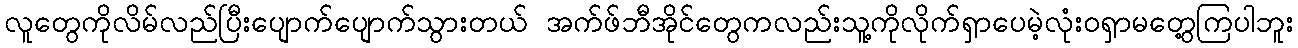
လူတွေကိုလိမ်လည်ပြီးပျောက်ပျောက်သွားတယ် အက်ဖ်ဘီအိုင်တွေကလည်းသူ့ကိုလိုက်ရှာပေမဲ့လုံးဝရှာမတွေ့ကြပါဘူး